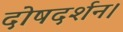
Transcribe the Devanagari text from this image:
दोषदर्शन।